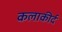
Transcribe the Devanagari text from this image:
कलाकीर्द